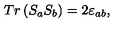
T r \left( S _ { a } S _ { b } \right) = 2 \varepsilon _ { a b } ,